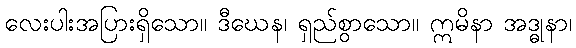
လေးပါးအပြားရှိသော။ ဒီဃေန၊ ရှည်စွာသော။ ဣမိနာ အဒ္ဓုနာ၊